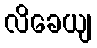
လိခေယျ